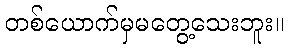
တစ်ယောက်မှမတွေ့သေးဘူး။